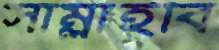
সাম্‌লাইবি